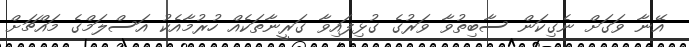
އޭނާ ވަގަށް ނެގިކަން ސާބިތުވާ ވަރުގެ ގުޅިފައިވާ ގަރީނާތަކެއް ހުރުމާއެކު އަސްލަމްގެ މައްޗަށް